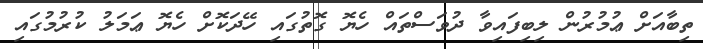
ތިބާއަށް ޢުމުރުން ލިބިފައިވާ ދުވަސްތައް ހެޔޮ ގޮތުގައި ހޭދަކޮށް ހެޔޮ ޢަމަލު ކުރުމުގައި